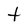
Character: t